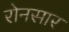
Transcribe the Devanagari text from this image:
रोनसार